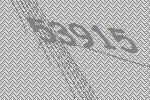
53915